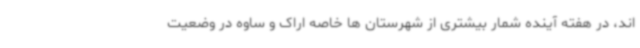
اند، در هفته آینده شمار بیشتری از شهرستان ها خاصه اراک و ساوه در وضعیت